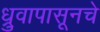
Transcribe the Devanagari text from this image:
ध्रुवापासूनचे